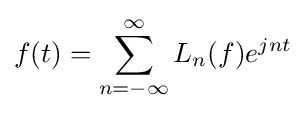
f(t)=\sum _{n=-\infty }^{\infty }L_{n}(f)e^{jnt}